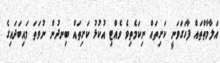
އަލާމާތްތައް ފާހަގަވަނީ ކަށިތައް ނިކަމެތިވެ ވެއްޓި އުކުޅު ކަށިތައް ބިނދުން ނުވަތަ މައިބަދައިގެ